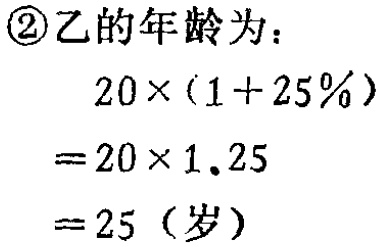
\begin{align*}

\textcircled{2}乙的年龄为：\\

&20\times(1 + 25\%)\\

=&20\times1.25\\

=&25（岁）

\end{align*}